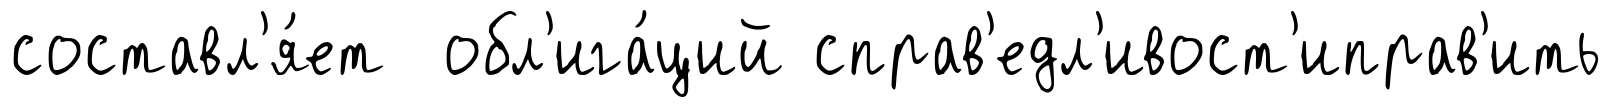
составл'я́ет обл'ига́ций справ'едл'ивост'иправ'ить